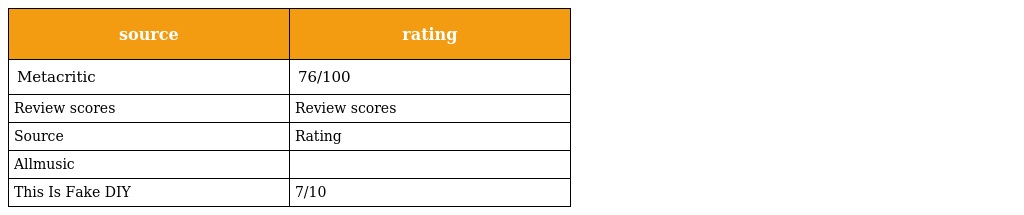
| source | rating |
 | --- | --- |
 | Metacritic | 76/100 |
 | Review scores | Review scores |
 | Source | Rating |
 | Allmusic |  |
 | This Is Fake DIY | 7/10 |